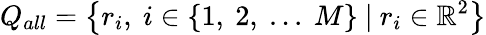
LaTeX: Q_{all}=\big\{ r_{i},\ i\in\{ 1,\ 2,\ ...\ M\} \ |\ r_{i}\in\mathbb{R}^{2}\big\}